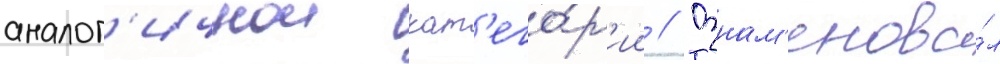
аналог'ичнои кат'его́р'ии // Ознам'енова́л